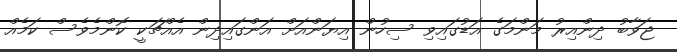
ޖަވާބު ދިންއިރު މަންމަގެ އަޑުގައިވި ސިހުން އިޔަންއަށް އަންގައިދިން އެއްޗަކީ ކޮންމެވެސް ކަމެއް